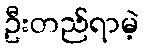
ဦးတည်ရာမဲ့